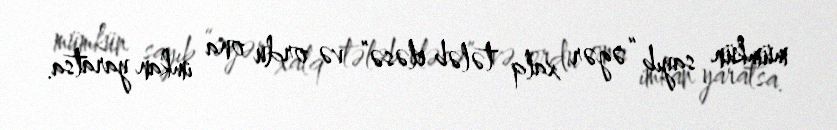
mümkün sayıb “əgər xalq tələb eləsə” və ordu ona imkan yaratsa.